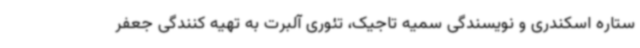
ستاره اسکندری و نویسندگی سمیه تاجیک، تئوری آلبرت به تهیه کنندگی جعفر